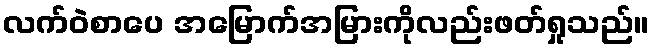
လက်ဝဲစာပေ အမြောက်အမြားကိုလည်းဖတ်ရှုသည်။